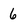
Character: 6